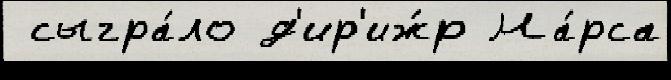
 сыгра́ло д'ир'иж́р Ма́рса